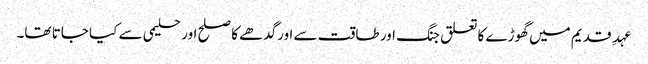
عہدِ قدیم میں گھوڑے کاتعلق جنگ اور طاقت سے اورگدھے کا صلح اور حلیمی سے کیا جاتا تھا۔